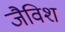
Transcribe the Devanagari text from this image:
जैविश